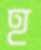
হ